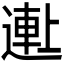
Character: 𬨺